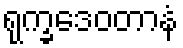
ရုက္ခဒေဝတာနံ